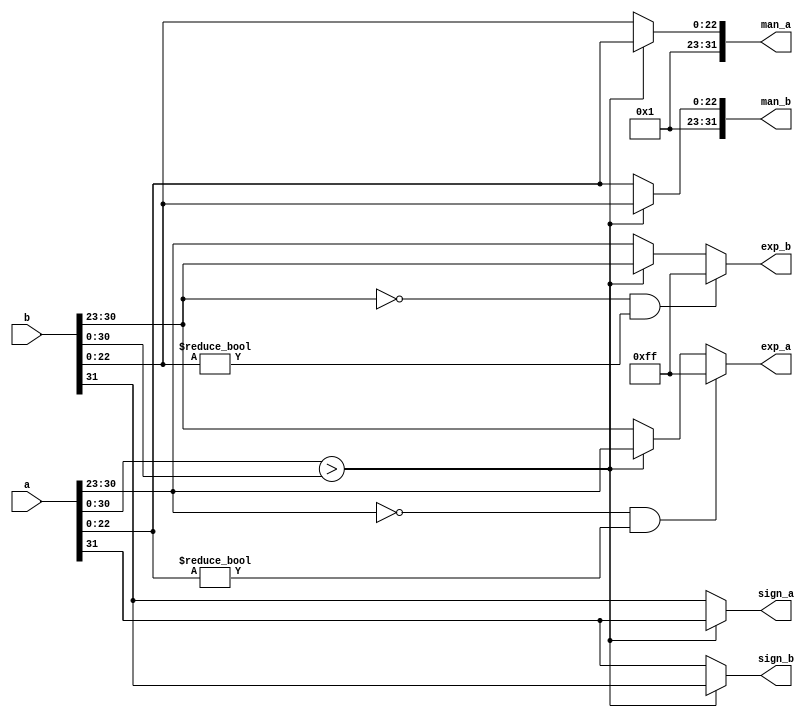
module getval(
    input [32:1] a,
    input [32:1] b,
    output reg [32:1] man_a,
    output reg [32:1] man_b,
    output reg [8:1] exp_a,
    output reg [8:1] exp_b,
    output reg sign_a,
    output reg sign_b
    
);

always@(a or b)begin
    if(a[31:1]>b[31:1])begin
    man_a={32'b0};
    man_b={32'b0};
    man_a [23:1] = a[23:1];
    man_b [23:1] = b[23:1];
    exp_a =a[31:24];
    exp_b =b[31:24];
    sign_a =a[32];
    sign_b =b[32];
end
else begin
    man_a=32'b0;
    man_b=32'b0;
    man_a [23:1] = b[23:1];
    man_b [23:1] = a[23:1];
    exp_b =a[31:24];
    exp_a =b[31:24];
    sign_b =a[32];
    sign_a =b[32];
end
    man_a[24]=1'b1; //1.man_a
    man_b[24]=1'b1; //1.man_b
    if(a[31:24]==8'd0 && a[23:1]!=8'd0) //subnormal of a
    exp_a=-1;
    if(b[31:24]==8'd0 && b[23:1]!=8'd0) //subnormal of a
    exp_b=-1;

end


endmodule